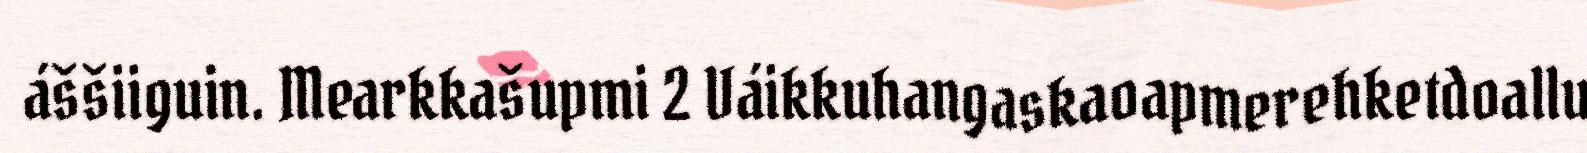
áššiiguin. Mearkkašupmi 2 Váikkuhangaskaoapmerehketdoallu